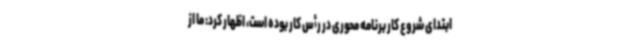
ابتدای شروع کار برنامه محوری در رأس کار بوده است، اظهار کرد: ما از